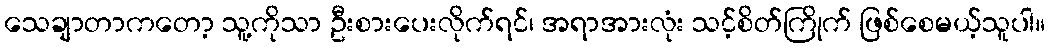
သေချာတာကတော့ သူ့ကိုသာ ဦးစားပေးလိုက်ရင်၊ အရာအားလုံး သင့်စိတ်ကြိုက် ဖြစ်စေမယ့်သူပါ။